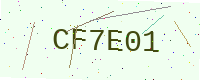
Text: CF7E01